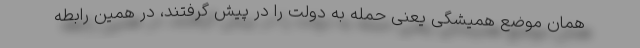
همان موضع همیشگی یعنی حمله به دولت را در پیش گرفتند، در همین رابطه